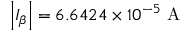
\left| I _ { \beta } \right| = 6 . 6 4 2 4 \times 1 0 ^ { - 5 } \mathrm { ~ A ~ }